Source: Handwritten
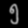
Digit: ၅ (5)